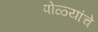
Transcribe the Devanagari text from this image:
पोळ्यांचे